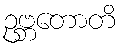
ဥဗ္ဘတောတိ